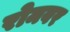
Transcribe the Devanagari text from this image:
रोमवर